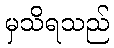
မှသိရသည်